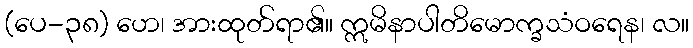
(ပေ-၃၈) ဟေ၊ အားထုတ်ရာ၏။ ဣမိနာပါတိမောက္ခသံဝရေန၊ လ။